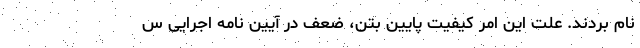
نام بردند. علت این امر کیفیت پایین بتن، ضعف در آیین نامه اجرایی س